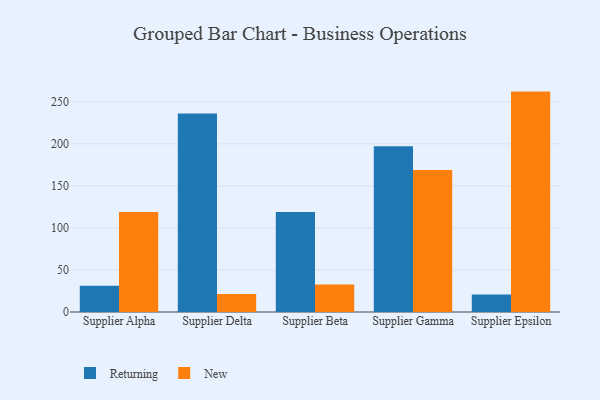
{"axis": {"x": "Supplier", "y": "Population (Million)"}, "legend": ["New", "Returning"], "data": [{"x": "Supplier Alpha", "y": 31.3, "type": "Returning"}, {"x": "Supplier Alpha", "y": 119.0, "type": "New"}, {"x": "Supplier Delta", "y": 236.2, "type": "Returning"}, {"x": "Supplier Delta", "y": 21.4, "type": "New"}, {"x": "Supplier Beta", "y": 119.0, "type": "Returning"}, {"x": "Supplier Beta", "y": 32.7, "type": "New"}, {"x": "Supplier Gamma", "y": 197.0, "type": "Returning"}, {"x": "Supplier Gamma", "y": 168.8, "type": "New"}, {"x": "Supplier Epsilon", "y": 20.9, "type": "Returning"}, {"x": "Supplier Epsilon", "y": 262.1, "type": "New"}]}